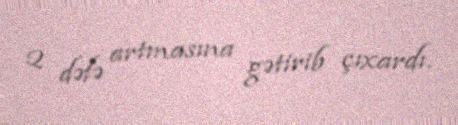
2 dəfə artmasına gətirib çıxardı.